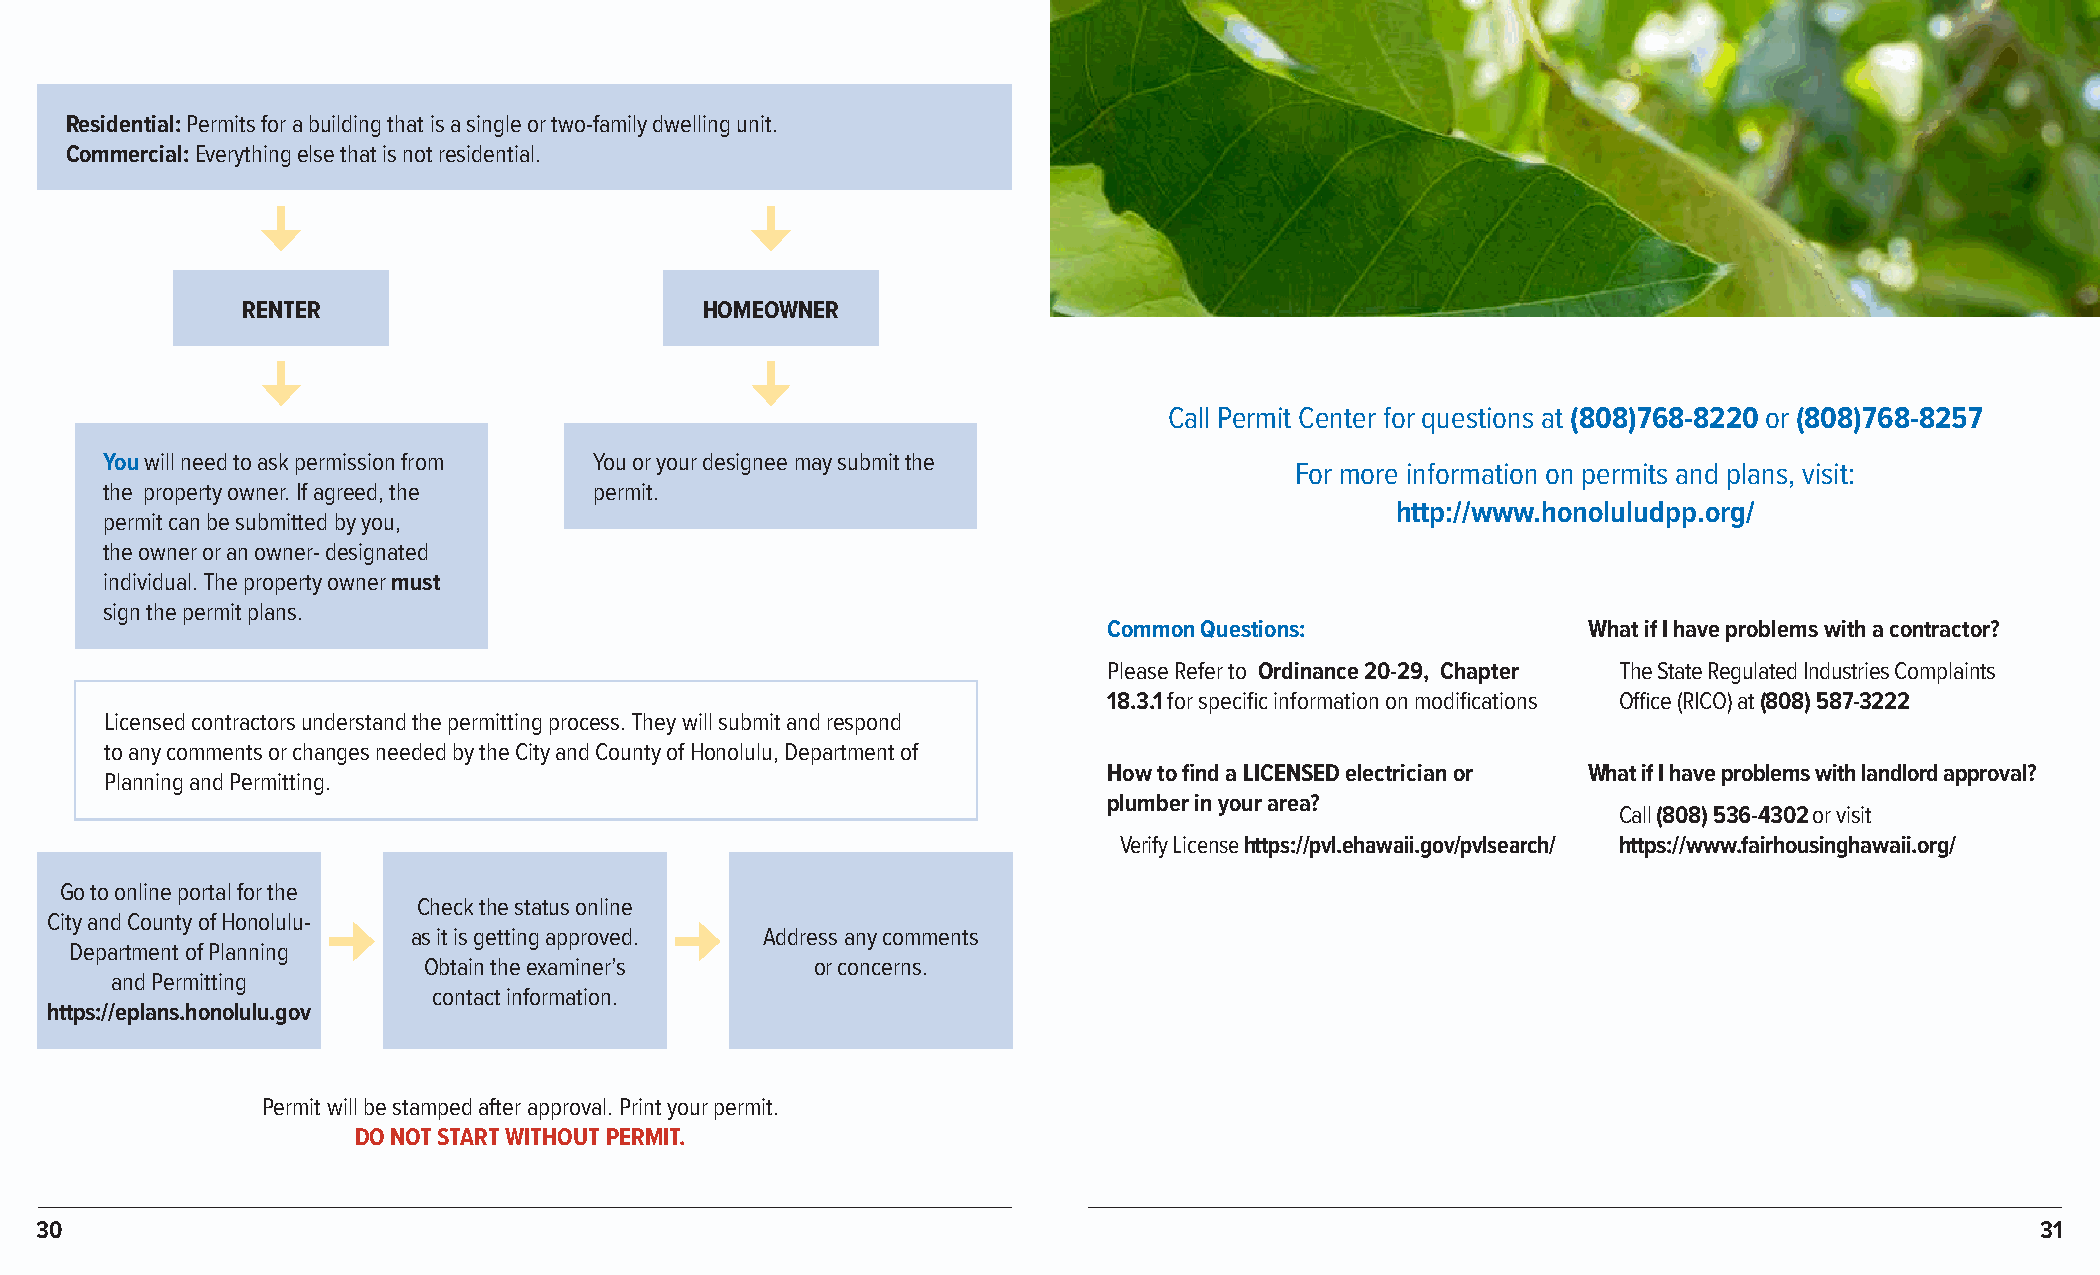
Residential: Permits for a building that is a single or two-family dwelling unit.
 Commercial: Everything else that is not residential.
 RREENNTTEERR                   HOMEOWNER
 Call Permit Center for questions at (808)768-8220 or (808)768-8257
 You will need to ask permission from You or your designee may submit the
 For more information on permits and plans, visit:
 the property owner. If agreed, the permit.
 http://www.honoluludpp.org/
 permit can be submitted by you,
 the owner or an owner- designated
 individual. The property owner must
 sign the permit plans.
 Common Questions:               What if I have problems with a contractor?
 Please Refer to Ordinance 20-29, Chapter The State Regulated Industries Complaints
 18.3.1 for specific information on modifications Office (RICO) at (808) 587-3222
 Licensed contractors understand the permitting process. They will submit and respond
 to any comments or changes needed by the City and County of Honolulu, Department of
 How to find a LICENSED electrician or What if I have problems with landlord approval?
 Planning and Permitting.
 plumber in your area?
 Call (808) 536-4302 or visit
 Verify License https://pvl.ehawaii.gov/pvlsearch/ https://www.fairhousinghawaii.org/
 Go to online portal for the
 Check the status online
 City and County of Honolulu-
 as it is getting approved. Address any comments
 Department of Planning
 Obtain the examiner’s     or concerns.
 and Permitting
 contact information.
 https://eplans.honolulu.gov
 Permit will be stamped after approval. Print your permit.
 DO NOT START WITHOUT PERMIT.
 30                                                                                                                                   31